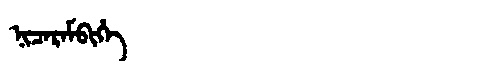
Manchu: ᠨᡳᠴᠠᡵᠠᠮᠪᡳᡥᡝ
Romanization: NICARAMBIHE